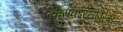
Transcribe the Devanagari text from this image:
केसकोस्लोवेंस्की